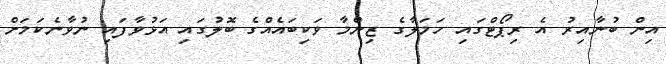
އިން ބުނާއިރު އެ ރިޕޯޓްގައި ހަމަލާގެ ޒިންމާ ވަކިބައެއްގެ ބޮލުގައި އަޅުވާފައި ނުވާނެކަމަށް